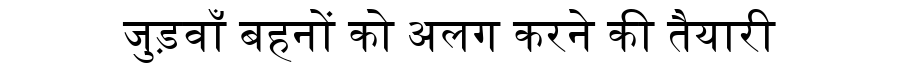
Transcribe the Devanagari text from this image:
जुड़वाँ बहनों को अलग करने की तैयारी